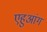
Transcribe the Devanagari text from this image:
एहुआंग